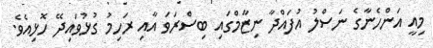
މިއީ އަންހެނާގެ ނަސްލު އުފައްދާ ނިޒާމްގައި ބިސްރަވަ އާއި ރަހިމު ގުޅުވައިދޭ ހޮޅިއެވެ.